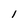
Character: I